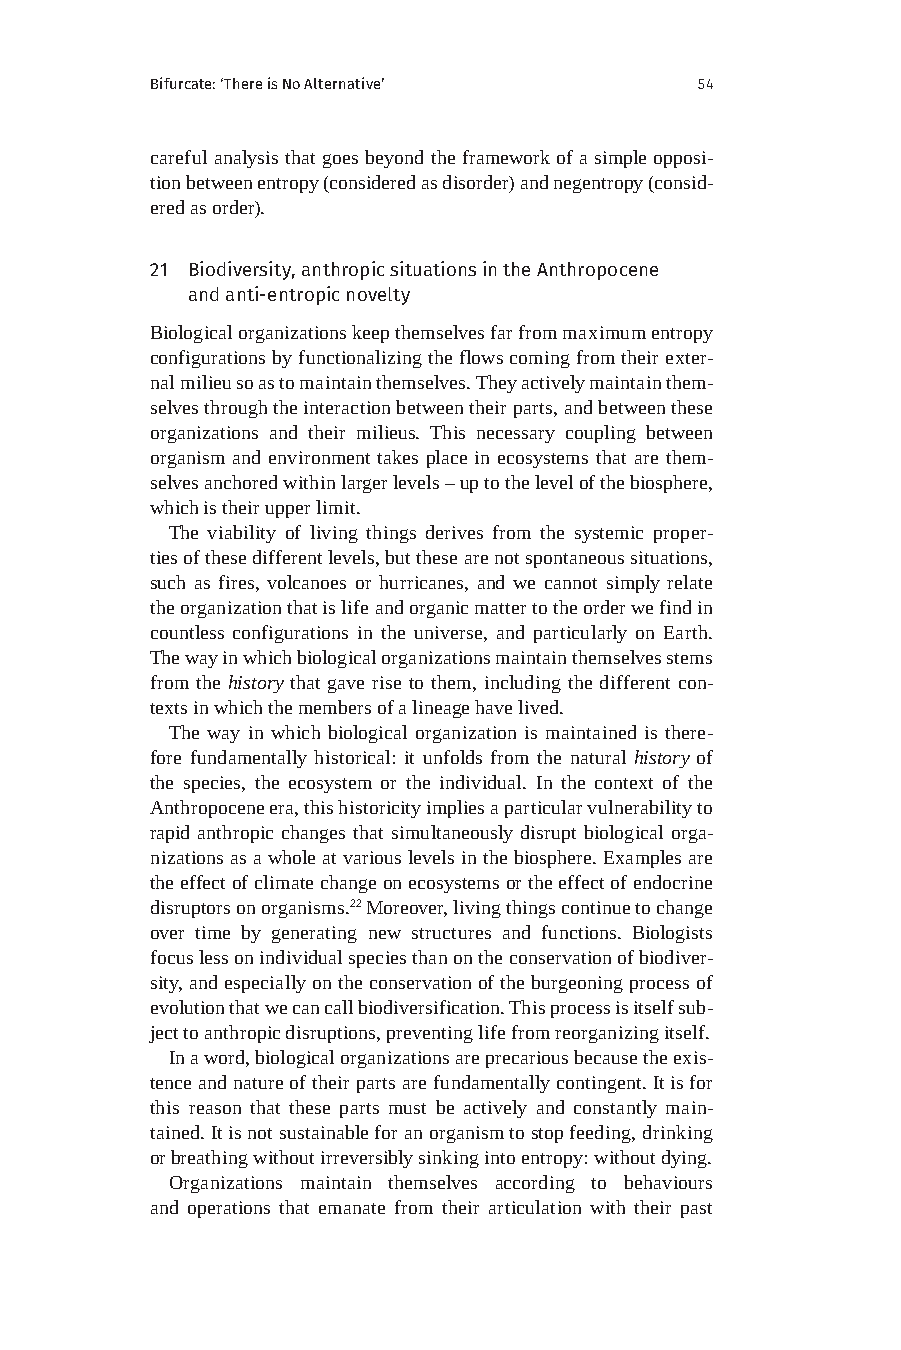
Bifurcate: ‘There is No Alternative’ 54
 careful analysis that goes beyond the framework of a simple opposi-
 tion between entropy (considered as disorder) and negentropy (consid-
 ered as order).
 21 Biodiversity, anthropic situations in the Anthropocene
 and anti-entropic novelty
 Biological organizations keep themselves far from maximum entropy
 configurations by functionalizing the flows coming from their exter-
 nal milieu so as to maintain themselves. They actively maintain them-
 selves through the interaction between their parts, and between these
 organizations and their milieus. This necessary coupling between
 organism and environment takes place in ecosystems that are them-
 selves anchored within larger levels – up to the level of the biosphere,
 which is their upper limit.
 The viability of living things derives from the systemic proper-
 ties of these different levels, but these are not spontaneous situations,
 such as fires, volcanoes or hurricanes, and we cannot simply relate
 the organization that is life and organic matter to the order we find in
 countless configurations in the universe, and particularly on Earth.
 The way in which biological organizations maintain themselves stems
 from the history that gave rise to them, including the different con-
 texts in which the members of a lineage have lived.
 The way in which biological organization is maintained is there-
 fore fundamentally historical: it unfolds from the natural history of
 the species, the ecosystem or the individual. In the context of the
 Anthropocene era, this historicity implies a particular vulnerability to
 rapid anthropic changes that simultaneously disrupt biological orga-
 nizations as a whole at various levels in the biosphere. Examples are
 the effect of climate change on ecosystems or the effect of endocrine
 disruptors on organisms.22 Moreover, living things continue to change
 over time by generating new structures and functions. Biologists
 focus less on individual species than on the conservation of biodiver-
 sity, and especially on the conservation of the burgeoning process of
 evolution that we can call biodiversification. This process is itself sub-
 ject to anthropic disruptions, preventing life from reorganizing itself.
 In a word, biological organizations are precarious because the exis-
 tence and nature of their parts are fundamentally contingent. It is for
 this reason that these parts must be actively and constantly main-
 tained. It is not sustainable for an organism to stop feeding, drinking
 or breathing without irreversibly sinking into entropy: without dying.
 Organizations maintain themselves according to behaviours
 and operations that emanate from their articulation with their past